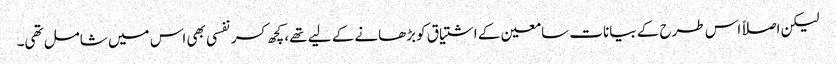
لیکن اصلاً اس طرح کے بیانات سامعین کے اشتیاق کوبڑھانے کے لیے تھے، کچھ کسرنفسی بھی اس میں شامل تھی۔